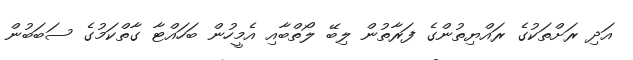
އަދި ރަށްތަކުގެ ރައްޔިތުންގެ ފަރާތުން ލިބޭ ލޯތްބާއި އެމީހުން ބަހައްޓާ ގާތްކަމުގެ ސަބަބުން